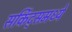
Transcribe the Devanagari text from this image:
सर्किट्समध्ये